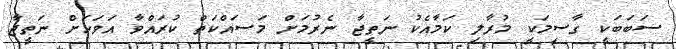
ސަބަބަކީ ގާސިމަކީ މުރާލި ކަމާއެކު ނަތީޖާ ނެރުމަށް މަސައްކަތް ކުރައްވާ އަވަހަށް ނަތީޖާ